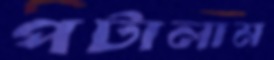
পটালাম